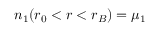
n _ { 1 } ( r _ { 0 } < r < r _ { B } ) = \mu _ { 1 }